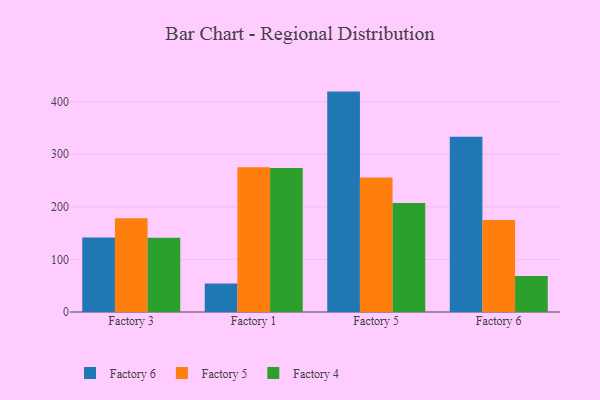
{"axis": {"x": "Factory", "y": "Production Output"}, "legend": ["Factory 4", "Factory 5", "Factory 6"], "data": [{"x": "Factory 3", "y": 141.8, "type": "Factory 6"}, {"x": "Factory 3", "y": 178.2, "type": "Factory 5"}, {"x": "Factory 3", "y": 141.2, "type": "Factory 4"}, {"x": "Factory 1", "y": 54.0, "type": "Factory 6"}, {"x": "Factory 1", "y": 275.2, "type": "Factory 5"}, {"x": "Factory 1", "y": 273.6, "type": "Factory 4"}, {"x": "Factory 5", "y": 418.9, "type": "Factory 6"}, {"x": "Factory 5", "y": 255.4, "type": "Factory 5"}, {"x": "Factory 5", "y": 207.2, "type": "Factory 4"}, {"x": "Factory 6", "y": 333.2, "type": "Factory 6"}, {"x": "Factory 6", "y": 175.0, "type": "Factory 5"}, {"x": "Factory 6", "y": 68.2, "type": "Factory 4"}]}